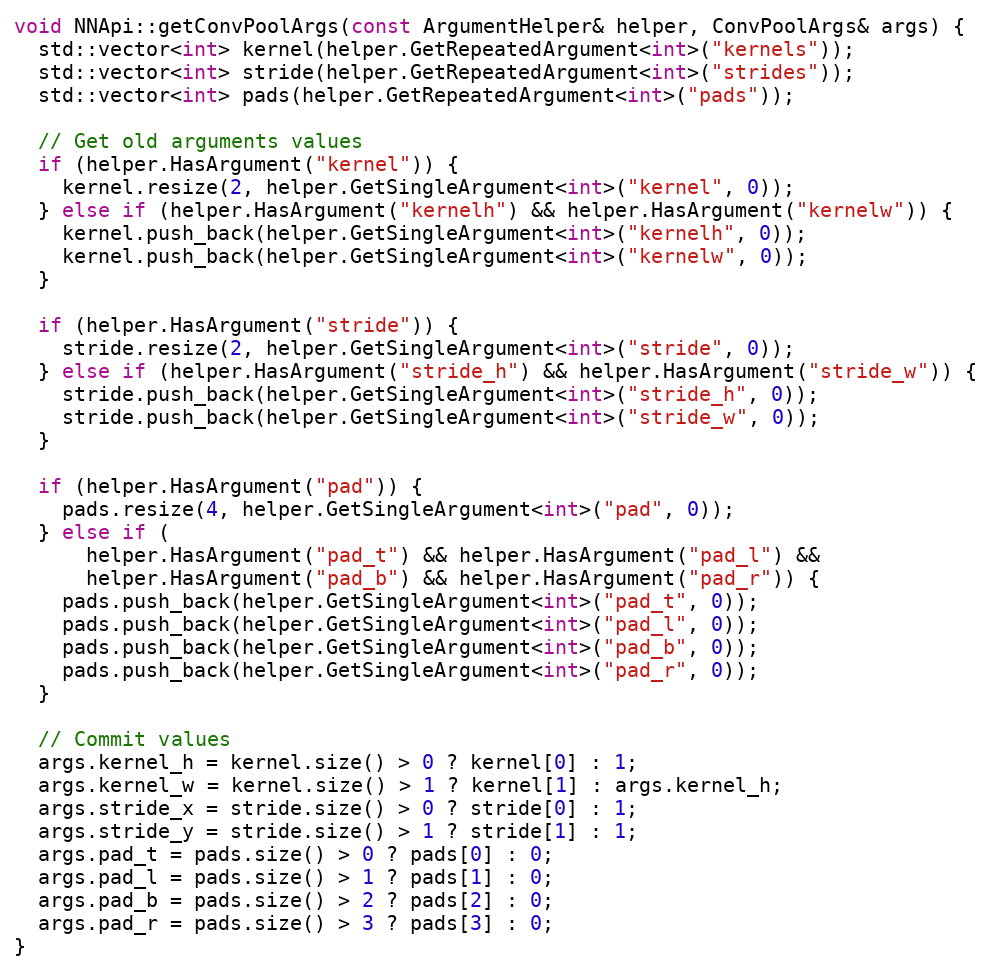
Language: C++
void NNApi::getConvPoolArgs(const ArgumentHelper& helper, ConvPoolArgs& args) {
  std::vector<int> kernel(helper.GetRepeatedArgument<int>("kernels"));
  std::vector<int> stride(helper.GetRepeatedArgument<int>("strides"));
  std::vector<int> pads(helper.GetRepeatedArgument<int>("pads"));

  // Get old arguments values
  if (helper.HasArgument("kernel")) {
    kernel.resize(2, helper.GetSingleArgument<int>("kernel", 0));
  } else if (helper.HasArgument("kernelh") && helper.HasArgument("kernelw")) {
    kernel.push_back(helper.GetSingleArgument<int>("kernelh", 0));
    kernel.push_back(helper.GetSingleArgument<int>("kernelw", 0));
  }

  if (helper.HasArgument("stride")) {
    stride.resize(2, helper.GetSingleArgument<int>("stride", 0));
  } else if (helper.HasArgument("stride_h") && helper.HasArgument("stride_w")) {
    stride.push_back(helper.GetSingleArgument<int>("stride_h", 0));
    stride.push_back(helper.GetSingleArgument<int>("stride_w", 0));
  }

  if (helper.HasArgument("pad")) {
    pads.resize(4, helper.GetSingleArgument<int>("pad", 0));
  } else if (
      helper.HasArgument("pad_t") && helper.HasArgument("pad_l") &&
      helper.HasArgument("pad_b") && helper.HasArgument("pad_r")) {
    pads.push_back(helper.GetSingleArgument<int>("pad_t", 0));
    pads.push_back(helper.GetSingleArgument<int>("pad_l", 0));
    pads.push_back(helper.GetSingleArgument<int>("pad_b", 0));
    pads.push_back(helper.GetSingleArgument<int>("pad_r", 0));
  }

  // Commit values
  args.kernel_h = kernel.size() > 0 ? kernel[0] : 1;
  args.kernel_w = kernel.size() > 1 ? kernel[1] : args.kernel_h;
  args.stride_x = stride.size() > 0 ? stride[0] : 1;
  args.stride_y = stride.size() > 1 ? stride[1] : 1;
  args.pad_t = pads.size() > 0 ? pads[0] : 0;
  args.pad_l = pads.size() > 1 ? pads[1] : 0;
  args.pad_b = pads.size() > 2 ? pads[2] : 0;
  args.pad_r = pads.size() > 3 ? pads[3] : 0;
}